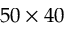
5 0 \times 4 0